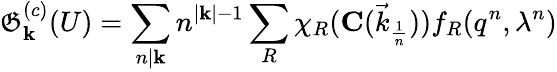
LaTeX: \mathfrak{G}_{{\mathbf{k}}}^{(c)}(U)=\sum_{n|{\mathbf{k}}}n^{|{\mathbf{k}}|-1}\sum_{R}\chi_{R}({\mathbf{C}(\vec{{k}}_{\frac{{1}}{{n}}})})f_{R}(q^{n},\lambda^{n})